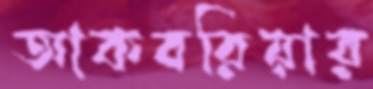
আকবরিয়ার